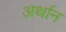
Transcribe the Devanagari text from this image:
अर्थान